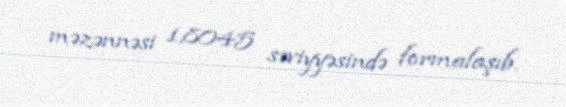
məzənnəsi 1,8045 səviyyəsində formalaşıb.